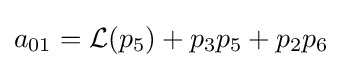
a_{01}={\mathcal {L}}(p_{5})+p_{3}p_{5}+p_{2}p_{6}